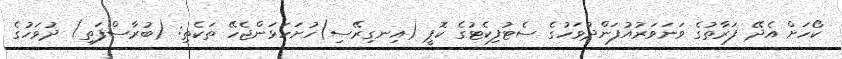
ކޯހަށް އެދޭ ފަރާތުގެ ވަނަވަރުއުފަންދުވަހުގެ ސެޓުފިކެޓުގެ ކޮޕީ (އިނގިރޭސި)ހުށަހަޅަންޖެހޭ ތަކެތި: (ބުރާސްފަތި) ދުވަހުގެ